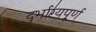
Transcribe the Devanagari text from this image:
दुर्भाग्यपू्‌र्ण